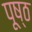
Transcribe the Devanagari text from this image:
पूष्ठ